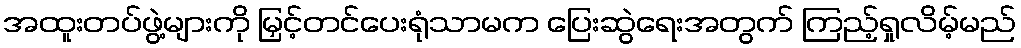
အထူးတပ်ဖွဲ့များကို မြှင့်တင်ပေးရုံသာမက ပြေးဆွဲရေးအတွက် ကြည့်ရှုလိမ့်မည်